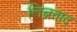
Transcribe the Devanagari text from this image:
लिब्रताद